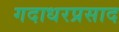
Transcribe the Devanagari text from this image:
गदाधरप्रसाद